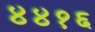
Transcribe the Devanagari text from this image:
४४१६